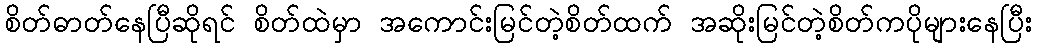
စိတ်ဓာတ်နေပြီဆိုရင် စိတ်ထဲမှာ အကောင်းမြင်တဲ့စိတ်ထက် အဆိုးမြင်တဲ့စိတ်ကပိုများနေပြီး